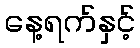
နေ့ရက်နှင့်